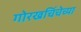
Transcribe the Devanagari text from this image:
गोरखचिंचेच्या